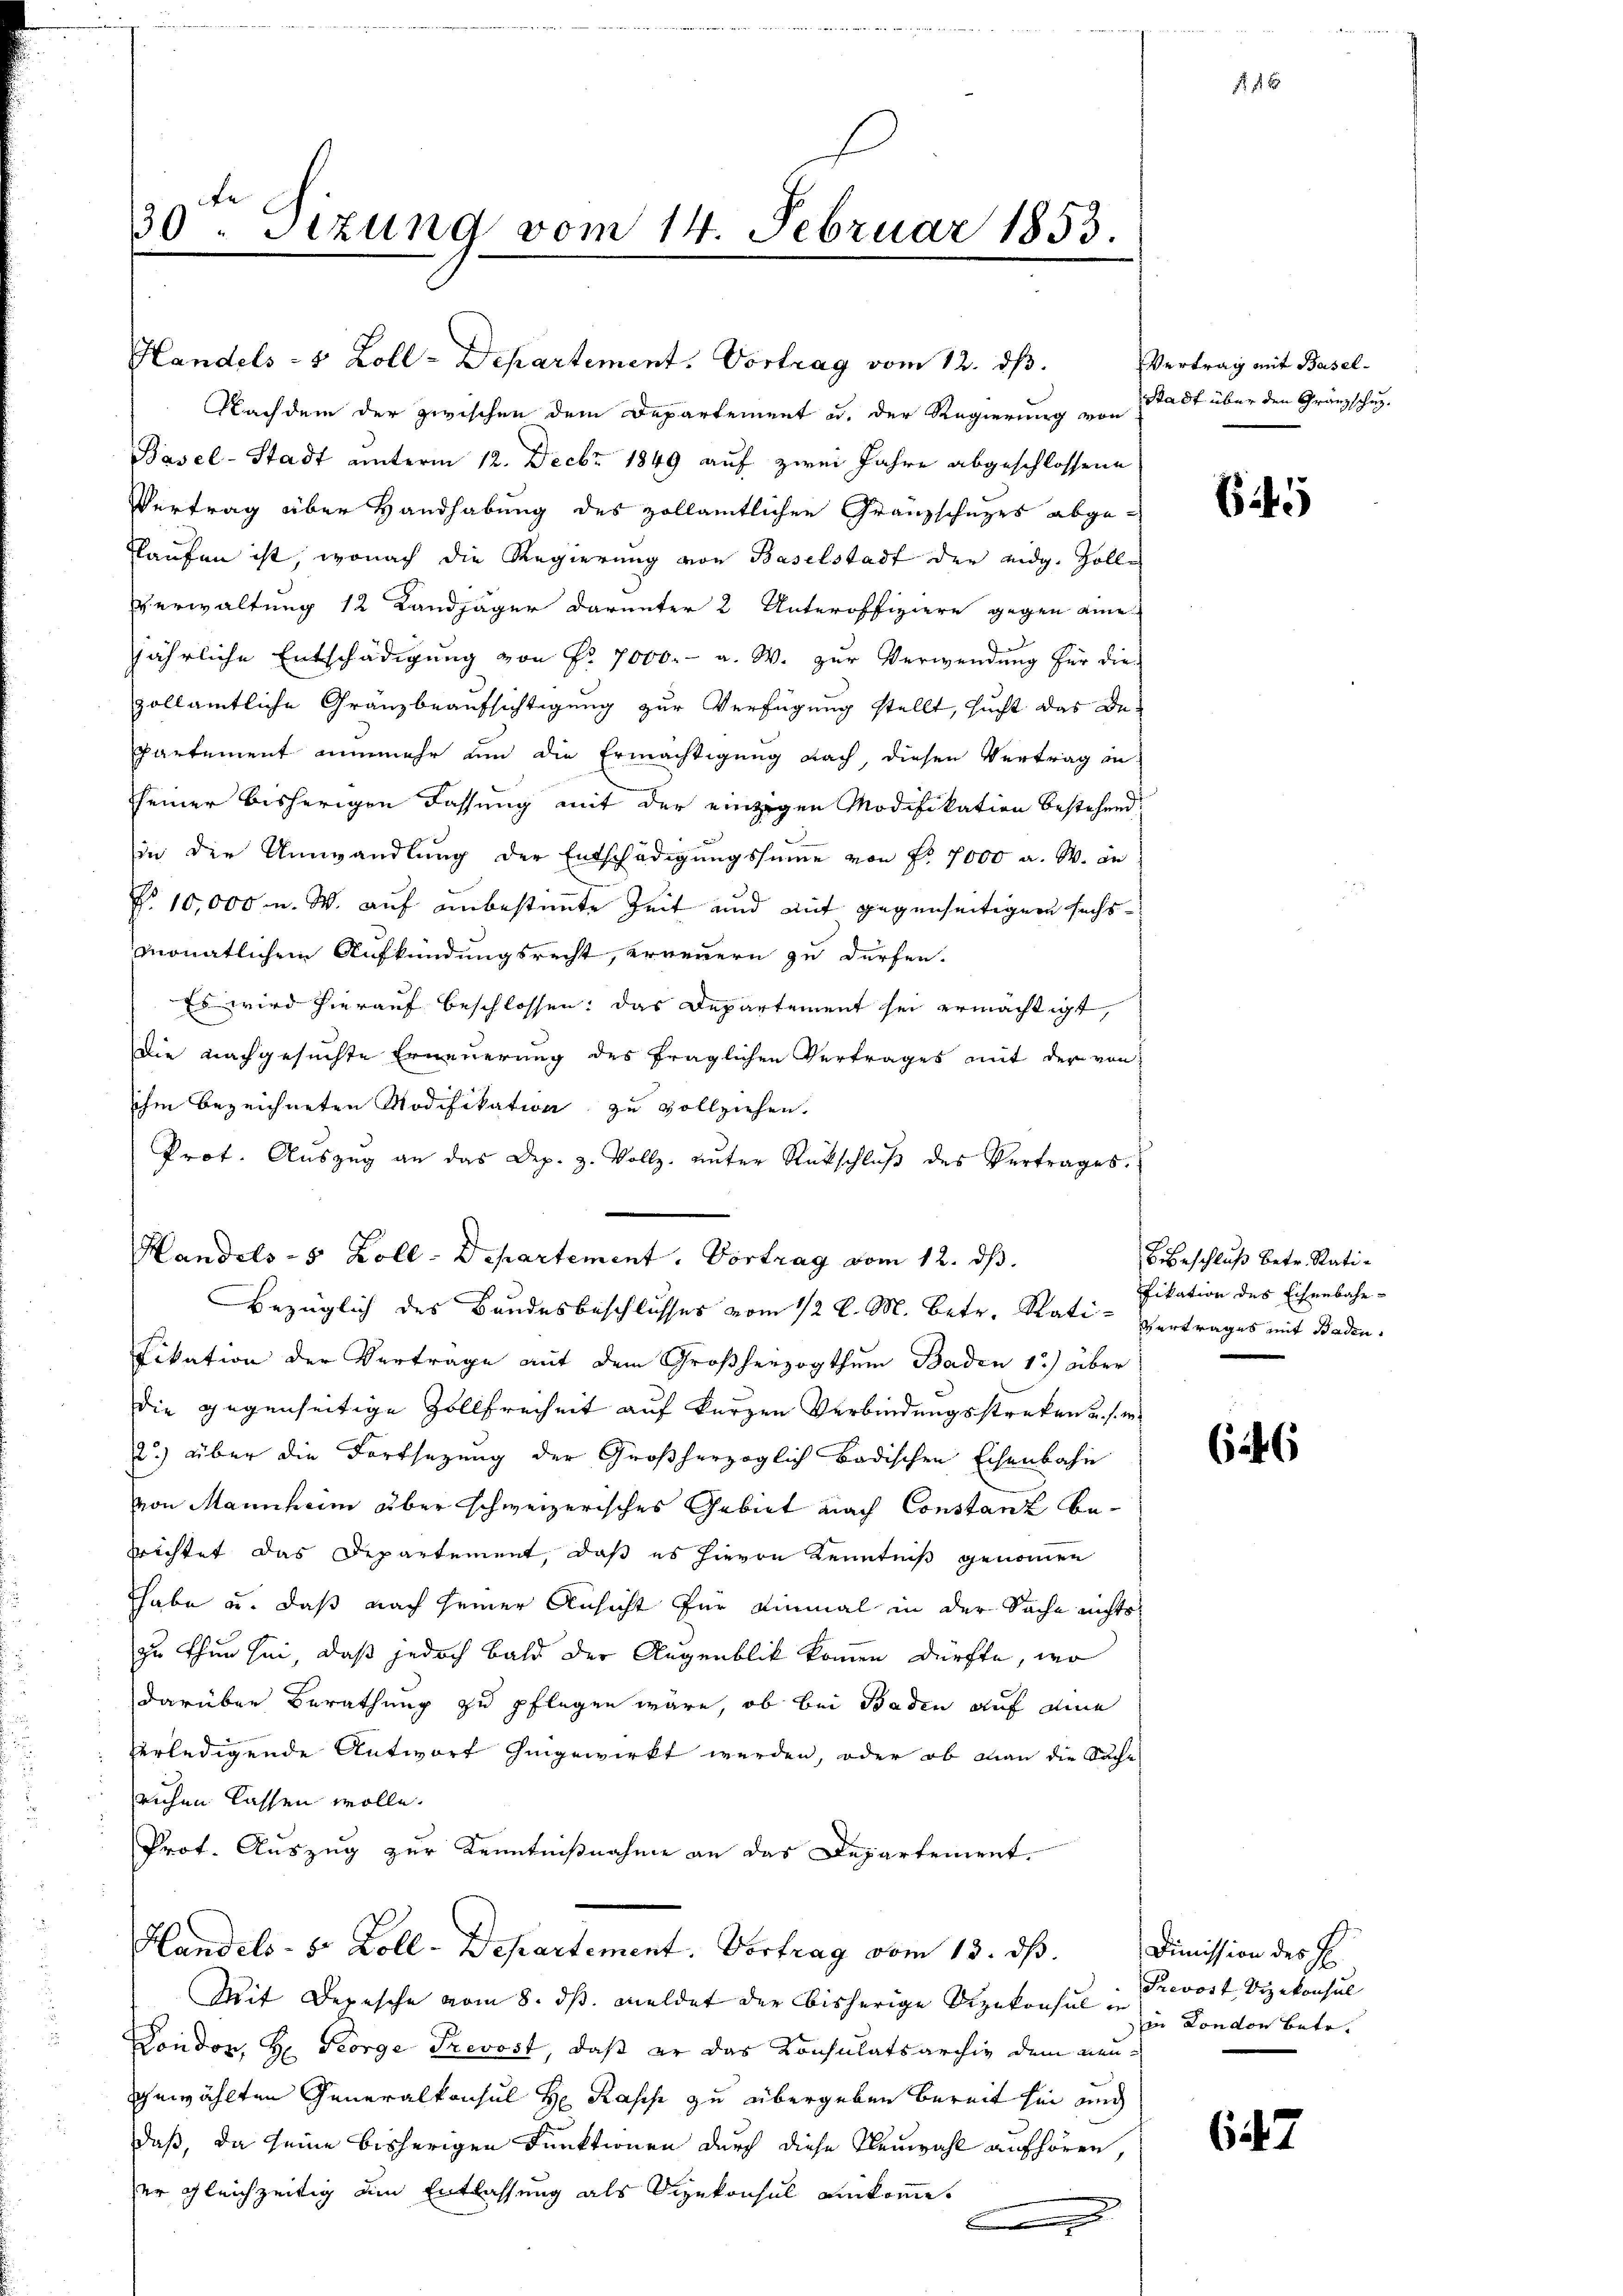
fe
30. Sitzung vom 14. Februar 1853.

Handels- & Zoll-Departement. Vortrag vom 12. ds.
Nachdem der zwischen dem Departement u. der Regierung von Stadt über den Gränzschuz¬
Basel-Stadt unterm 12. Decbr 1849 auf zwei Jahre abgeschlossene
Vertrag über Handhabung des zollamtlichen Granzschuzes abge¬
Plaufen ist, wonach die Regierung von Baselstadt der eidg. Zoll¬
Verwaltung 12 Landjäger darunter 2 Unteroffiziere gegen eine
jährliche Entschädigung von Nr. 7000.- a. W. zur Verwendung für diezollamtliche Gränzbeaufsichtigung zur Verfügung stellt, sucht das Be¬
Partement nunmehr um die Ermächtigung nach, diesen Vertrag an-
seiner bisherigen Fassung mit der einzigen Modifikation bestehend,
in die Umwandlung der Entschädigungssumme von Fr. 1000 a. W. an
No 10,000 u. W. auf unbestimmte Zeit und auf gegenseitigern sechsmonatlichem Aufkündungsrecht, erneuern zu dürfen.
Es wird hierauf beschlossen; das Departement sei ermächtigt,
Die nachgesuchte Erneuerung des fraglichen Vertrages mit der von
ihm bezeichneten Modifikation zu vollziehen.
Prot. Aŭszŭg an das Dep. z. Vollz. ŭnter Rückschlŭβ des Vertrages.
Bezüglich des Bundesbeschlusses vom 12 l. M. betr. Rati- Vertrages mit Baden¬
Fikation der Vertrage auf dem Großherzogthum Baden 1) über
die gegenseitige Zollfreiheit auf kurzen Verbindungsstreken u. s. m
2) über die Fortsetzung der Großherzoglich badischen Echenbahn
von Mannheim aber schweizerisches Gebiet nach Constanz be-
rrichtet das Departement, daß es hievon Kenntniß genommen
habe u. daß nach seiner Ansicht für einmal in der Sache nichts
zu thun sei, daß jedoch bald der Augenblik kommen dürfte, wo
darüber Berathung zu pflegen wäre, ob bei Baden auf eine
verledigende Antwort hingewirkt werden, oder ob man die Suche
ruhen lassen wolle.
Prot. Auszug zur Kenntnißnahme an das Departement.
Handels- 8 Zoll-Departement. Vortrag vom 13. ds.
Mit Depesche vom 8. ds. meldet der bisherige Dipekonsul in Prevost, Vizekonsul
Dondon, Hr. George Trevost, daß er das Konsulatsarchiv dem neugewählten Generalkonsul H Rasche zu übergeben bereit hin und
daß, da seine bisherigen Funktionen durch diese Neuwahl aufhören,
er gleichzeitig ein Entlassung als Vizekonsul einkomme.
.

Handels- 5 Zoll-Departement. Vortrag vom 12. ds.

Vertrag mit Basel¬

§. 4.

645

6 Beschluß betr. Ratifikation des Eisenbahn¬

646

Dimission des H
in London betr.

647